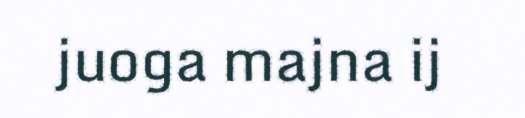
juoga majna ij